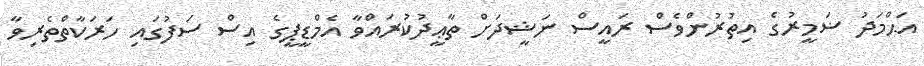
އަޙްމަދު ޟަމީރުގެ އިތުރުންވެސް ރައީސް ނަޝީދަށް ތާޢީދުކުރައްވާ އެމްޑީޕީގެ އިސް ސަފުގައި ހަރަކާތްތެރިވާ